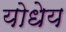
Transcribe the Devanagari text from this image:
योधेय